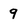
Character: 9